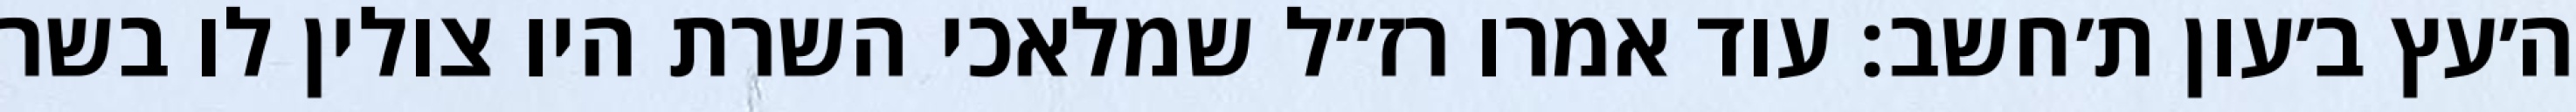
ה׳עץ ב׳עון ת׳חשב: עוד אמרו רז״ל שמלאכי השרת היו צולין לו בשר